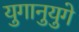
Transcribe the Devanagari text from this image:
युगानुयुगे